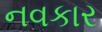
નવકાર